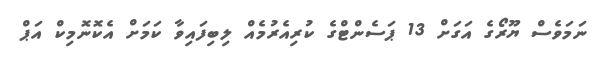
ނަމަވެސް ޔޫރޯގެ އަގަށް 13 ޕަސެންޓްގެ ކުރިއެރުމެއް ލިބިފައިވާ ކަމަށް އެކޮނޮމިކް އަޕް